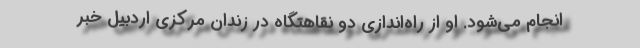
انجام می‌شود. او از راه‌اندازی دو نقاهتگاه در زندان مرکزی اردبیل خبر